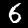
Label: 6